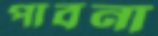
পাবনা